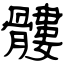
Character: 髏